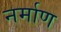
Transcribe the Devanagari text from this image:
नर्माण